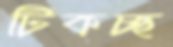
টিকচ্ছ